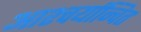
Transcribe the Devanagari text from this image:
आश्चर्यान्वित